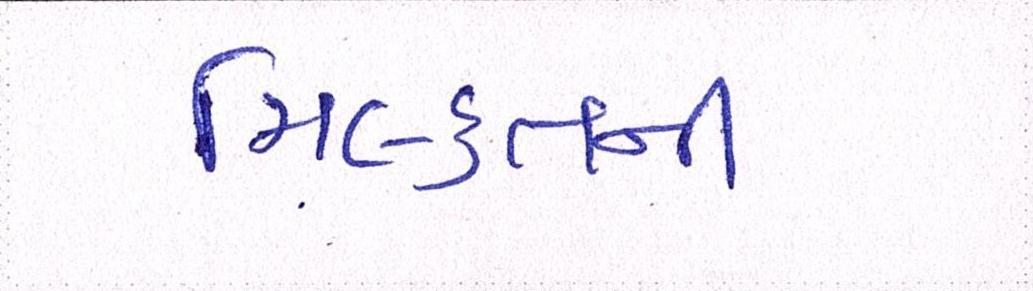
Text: મિલ્કતની